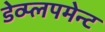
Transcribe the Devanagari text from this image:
डेव्प्लपमेन्ट